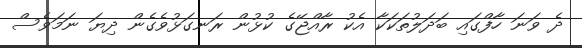
ދެ ވަނަ ހާފްގައި ބަދަލުތަކަކާ އެކު ރާއްޖޭގެ ކުޅުން ރަނގަޅުވެގެން ދިޔަ ނަމަވެސް